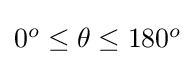
{\textstyle 0^{o}\leq \theta \leq 180^{o}}